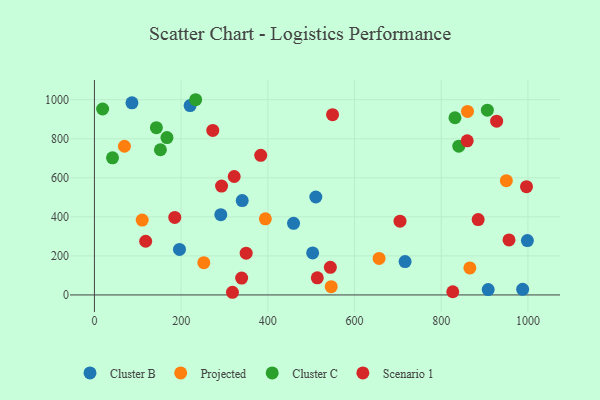
{"axis": {"x": "Engine Size", "y": "Yield"}, "legend": ["Cluster B", "Cluster C", "Projected", "Scenario 1"], "data": [{"x": "220.7", "y": 969.8, "type": "Cluster B"}, {"x": "196.2", "y": 233.0, "type": "Cluster B"}, {"x": "503.4", "y": 214.9, "type": "Cluster B"}, {"x": "510.7", "y": 501.5, "type": "Cluster B"}, {"x": "716.6", "y": 171.0, "type": "Cluster B"}, {"x": "987.8", "y": 28.7, "type": "Cluster B"}, {"x": "998.7", "y": 278.3, "type": "Cluster B"}, {"x": "340.9", "y": 483.3, "type": "Cluster B"}, {"x": "291.5", "y": 411.3, "type": "Cluster B"}, {"x": "908.3", "y": 27.3, "type": "Cluster B"}, {"x": "459.3", "y": 367.0, "type": "Cluster B"}, {"x": "86.5", "y": 984.1, "type": "Cluster B"}, {"x": "656.6", "y": 187.1, "type": "Projected"}, {"x": "394.3", "y": 389.6, "type": "Projected"}, {"x": "110.2", "y": 383.2, "type": "Projected"}, {"x": "866.0", "y": 138.3, "type": "Projected"}, {"x": "860.6", "y": 939.8, "type": "Projected"}, {"x": "546.2", "y": 42.3, "type": "Projected"}, {"x": "950.2", "y": 585.0, "type": "Projected"}, {"x": "252.3", "y": 165.2, "type": "Projected"}, {"x": "69.2", "y": 761.5, "type": "Projected"}, {"x": "142.9", "y": 856.6, "type": "Cluster C"}, {"x": "41.7", "y": 702.3, "type": "Cluster C"}, {"x": "152.2", "y": 743.7, "type": "Cluster C"}, {"x": "840.5", "y": 761.9, "type": "Cluster C"}, {"x": "233.5", "y": 999.8, "type": "Cluster C"}, {"x": "831.7", "y": 907.5, "type": "Cluster C"}, {"x": "906.4", "y": 946.1, "type": "Cluster C"}, {"x": "167.3", "y": 805.9, "type": "Cluster C"}, {"x": "18.9", "y": 952.3, "type": "Cluster C"}, {"x": "927.8", "y": 890.1, "type": "Scenario 1"}, {"x": "956.3", "y": 281.6, "type": "Scenario 1"}, {"x": "996.7", "y": 554.7, "type": "Scenario 1"}, {"x": "885.2", "y": 386.2, "type": "Scenario 1"}, {"x": "514.1", "y": 87.6, "type": "Scenario 1"}, {"x": "322.4", "y": 606.5, "type": "Scenario 1"}, {"x": "383.6", "y": 715.1, "type": "Scenario 1"}, {"x": "859.9", "y": 789.4, "type": "Scenario 1"}, {"x": "350.0", "y": 214.1, "type": "Scenario 1"}, {"x": "544.2", "y": 141.3, "type": "Scenario 1"}, {"x": "339.6", "y": 86.5, "type": "Scenario 1"}, {"x": "118.2", "y": 275.0, "type": "Scenario 1"}, {"x": "826.6", "y": 16.2, "type": "Scenario 1"}, {"x": "704.9", "y": 377.7, "type": "Scenario 1"}, {"x": "185.3", "y": 397.1, "type": "Scenario 1"}, {"x": "293.2", "y": 557.5, "type": "Scenario 1"}, {"x": "273.0", "y": 842.8, "type": "Scenario 1"}, {"x": "549.3", "y": 923.2, "type": "Scenario 1"}, {"x": "318.4", "y": 13.6, "type": "Scenario 1"}]}